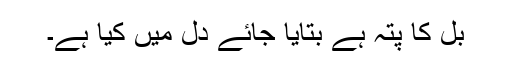
بل کا پتہ ہے بتایا جائے دل میں کیا ہے۔